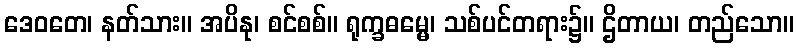
ဒေဝတေ၊ နတ်သား။ အပိနု၊ စင်စစ်။ ရုက္ခဓမ္မေ၊ သစ်ပင်တရား၌။ ဌိတာယ၊ တည်သော။